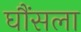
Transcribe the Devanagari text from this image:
घौंसला